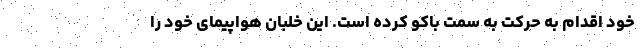
خود اقدام به حرکت به سمت باکو کرده است. این خلبان هواپیمای خود را